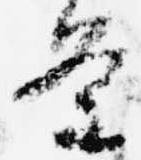
条